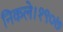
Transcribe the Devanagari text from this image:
निकले।१९०७